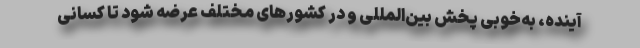
آینده، به‌خوبی پخش بین‌المللی و در کشورهای مختلف عرضه شود تا کسانی